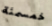
خمسمئة